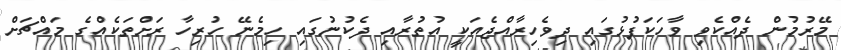
މޭރުމުން ދެއްކެވި ވާހަކަފުޅުގައި ދިވެހިރާއްޖެއަކީ އުތުރާއި ދެކުނުގައި ހިމެނޭ ހުރިހާ ރަށްތަކެއްގެ މައްޗަށް